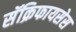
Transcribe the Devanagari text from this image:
सॅक्रिफायसेस